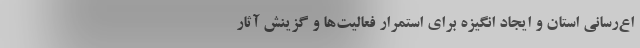
اع‌رسانی استان و ایجاد انگیزه برای استمرار فعالیت‌ها و گزینش آثار